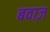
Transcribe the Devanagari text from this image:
बवाज़